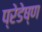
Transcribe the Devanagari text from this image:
प्रेडेष्ण